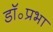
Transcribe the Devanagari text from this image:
डॉ॰प्रभा